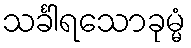
သင်္ခါရသောခုမ္မံ